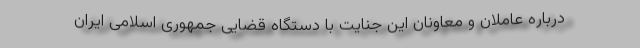
درباره عاملان و معاونان این جنایت با دستگاه قضایی جمهوری اسلامی ایران